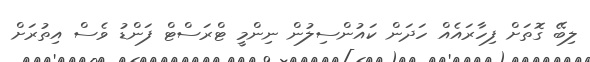
ލިބޭ ގޮތަށް ފިހާރައެއް ހަދަން ކައުންސިލުން ނިންމީ ޓްރަސްޓް ފަންޑު ވެސް އިތުރަށް